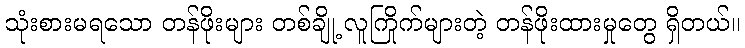
သုံးစားမရသော တန်ဖိုးများ တစ်ချို့ လူကြိုက်များတဲ့ တန်ဖိုးထားမှုတွေ ရှိတယ်။